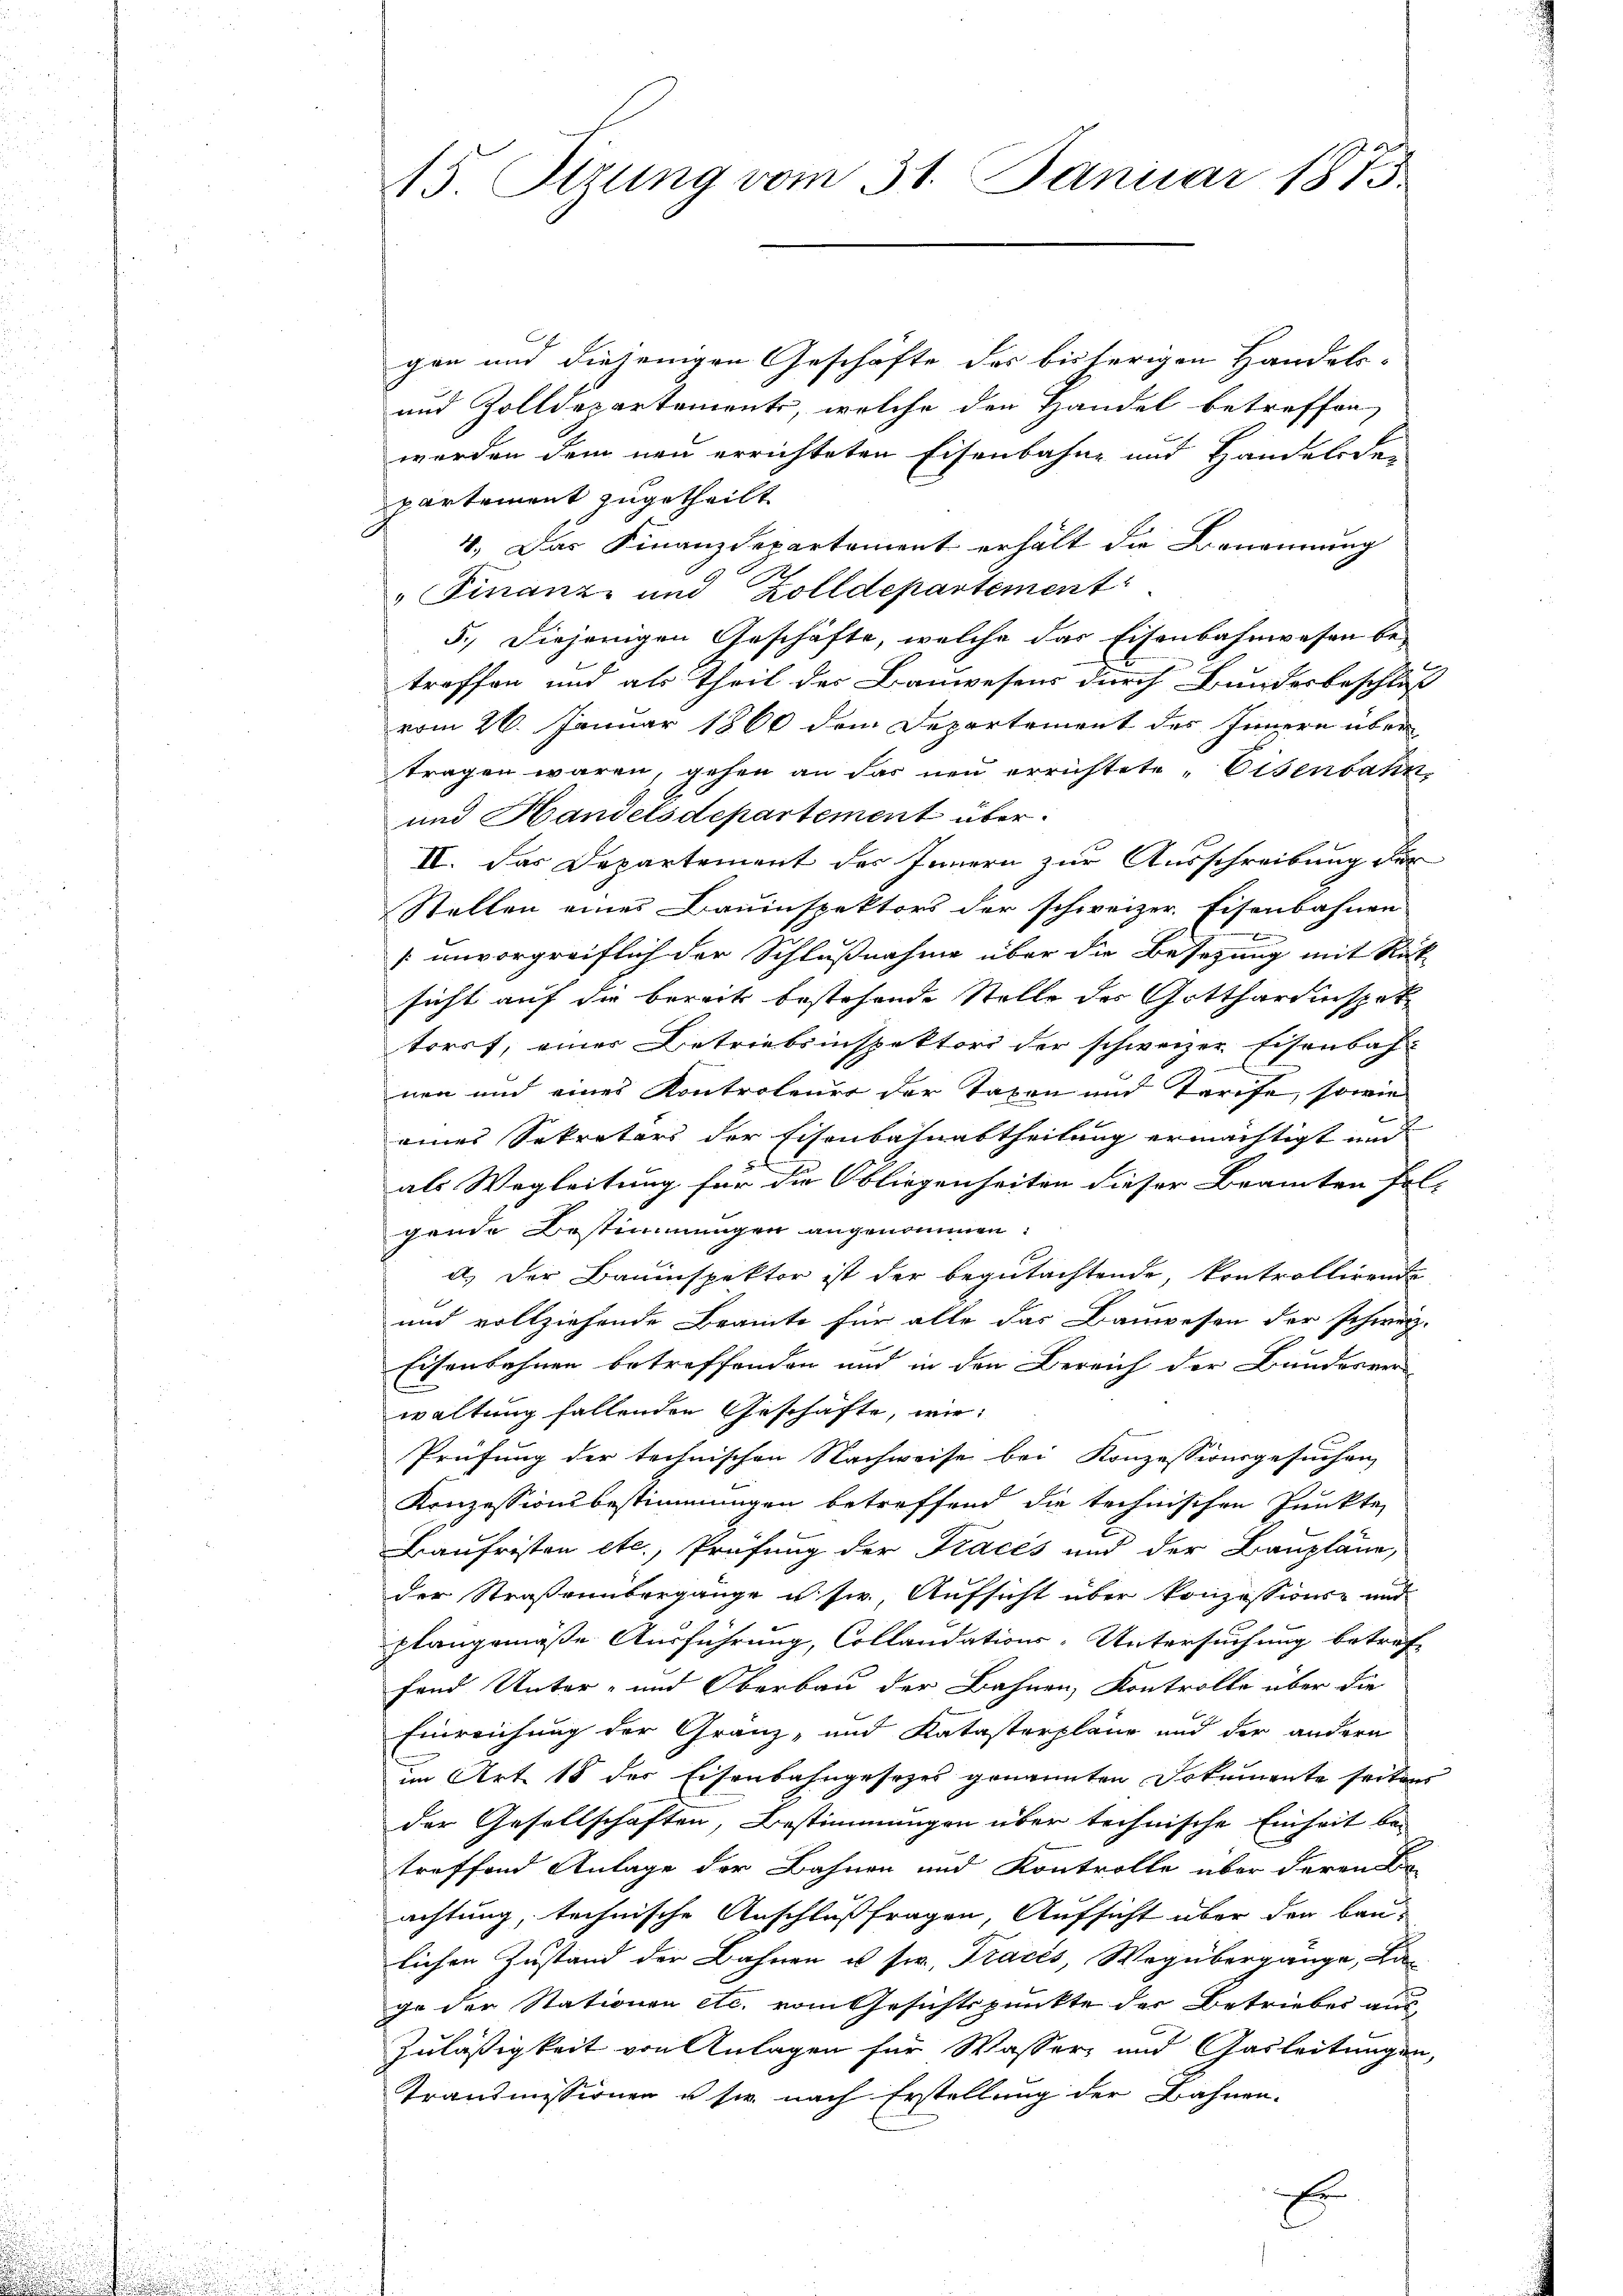
15. Stzung vom 31. Januar 1875.

gen und diejenigen Geschäfte des bisherigen Handels-
und Zolldepartements, welche den Handel betreffen,
worden dem neu errichteten Eisenbahne und Handelnden
partement zugetheilt.
4. Das Finanzdepartement erhält die Benennung
" Finanz- und Zolldepartement
5.) Diejenigen Geschäfte, welche das Eisenbahnwesen be-
treffen und als Theil des Bauwesens durch Bundesbeschluß
vom 26. Januar 1860 dem Departement des Innern über
tragen wären, gehen an das neu errichtete „Eisenbahn,
und Handelsdepartement über
II. Das Departement des Innern zur Ausschreibung der
Stellen eines Bauinspektors der schweizer. Eisenbahnen
e
[unvorgreiflich der Schlußnahme über die Besetzung mit Rück
sicht auf die bereits bestehende Stelle der Gotthardinspektorst, einer Betriebsinspektors der schweizer Eisenbach-
nen und eines Kontroleuer der Taxen und Tarife, sowie
eines Sekretärs der Eisenbahnabtheilung ermächtigt und

als Wegleitung für die Obliegenheiten dieser Beamten fol-
gende Bestimmungen angenommen.
d.) Der Bauinspektor ist der begutachtende, kontrollirende
und vollziehende Beamte für alle das Bauwesen der schweiz.
Eisenbahnen betreffenden und in den Bereich der Bundesver-
waltung fallenden Geschäfte, wie:
Prüfung der technischen Nachweise bei Konzessionsgesuchen,
Konzessionsbestimmungen betreffend die technischen Punkte
Baufristen etc., Prüfung der Tracés und der Baupläne,
der Straßenübergange u. s. Aufsicht über konzessions- und
plangemäße Ausführung, Collaudations-Untersuchung betref-
fend Unter- und Oberbau der Bahnen, Kontrolle über die
Einreichung der Gränz- und Katasterplane und der andern
im Art. 18 der Eisenbahngesezes genannten Dokumente seitens
der Gesellschaften, Bestimmungen über technische Einheit be-
treffend Anlage der Bahnen und Kontrolle über deren Ba
achtung, technische Anschlußfragen, Aufsicht über der Bau-
lichen Zustand der Bahnen u sw., Tracés, Weg übergange, Ka-
ge der Stationen etc. vom Gesichtspunkte der Betriebes aus-
Zuläßigkeit von Anlagen für Wasser und Gasleitungen,
Transmissionen u sie nach Erstellung der Bahnen-
E